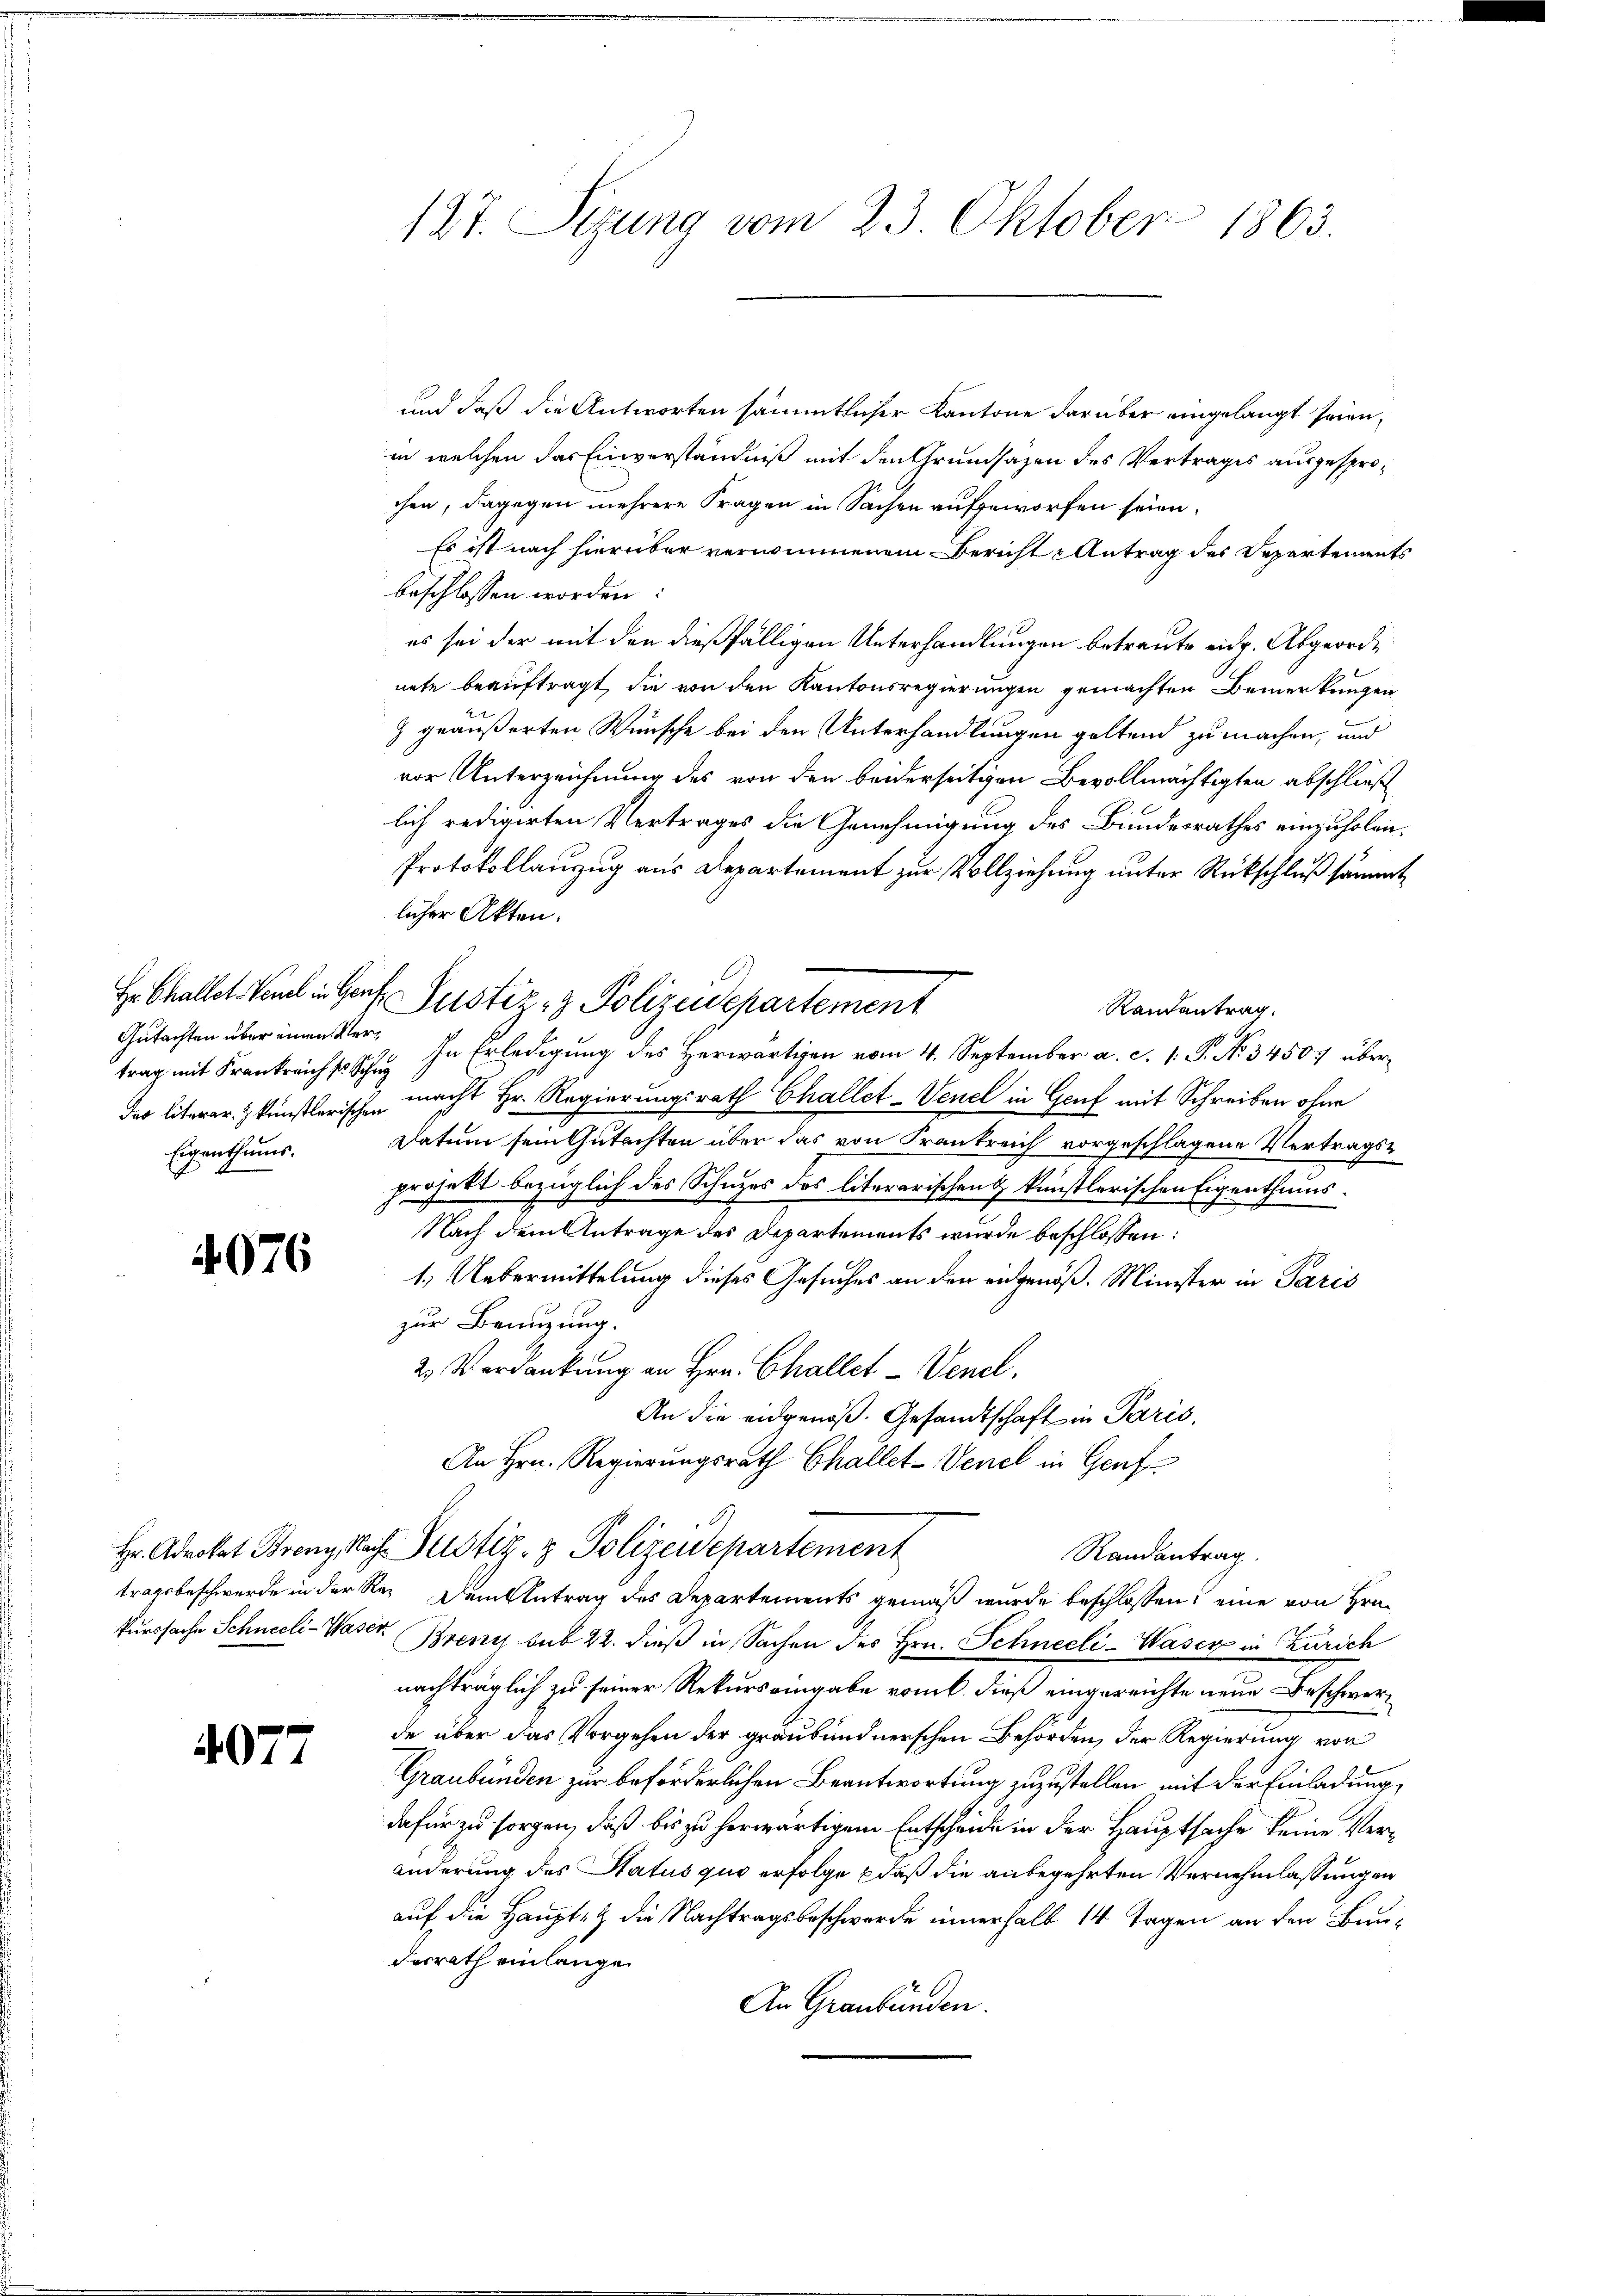
Gutachten über einen Ver¬
Eigenthums.

4076.

4077

127. Sezung vom 23. Oktober 1863.

und daß die Antworten sämmtlicher Kantone darüber eingelangt seien,
in welchen das Einverständniß mit den Grundsazen des Vertrages ausgesprochen, dagegen mehrere Fragen in Sachen aufgeworfen seien.
Es ist nach hierüber vernommenem Bericht Antrag des Departements
beschlossen worden:
es sei der mit den dießfälligen Unterhandlungen betraute eidg. Abgeorde
nete beauftragt, die von den Kantonsregierungen gemachten Bemerkungen
z geäußerten Wünsche bei den Unterhandlungen geltend zu machen, und
vor Unterzeichnung des von den beiderseitigen Bevollmächtigten abschließ
lich redigirten Vertrages die Genehmigung des Bundesrathes einzuholen,
Protokollauszug aus Departement zur Vollziehung unter Rückschluß sämmt
licher Akten.
Randantrag
trag mit Frankreich In Erledigung des herwärtigen vom 4. September a. c. 1. P. No. 34507 über
der literer & künstlerischen macht Hr. Regierungsrath Challet-Venel in Genf mit Schreiben ohne
Datum sein Gutachten über das von Frankreich vorgeschlagene Vertragsprojekt bezüglich des Schuzes des literarischen & künstlerischen Eigenthums¬
Nach dem Antrage des Departements wurde beschlossen:
1. Uebermittelung dieses Gesuches an den eingenöß. Minister in Paris
zur Benutzung.
2. Verdankung an Hrn. Challet - Venel.
An die eidgenoß. Gesandtschaft in Paris,
An Hrn. Regierungsrath Challet-Venel in Genf
Hr. Advokat Brenz Nach Justiz- & Polizeidepartement
Randantrag
tragsbeschwerde in der Re¬ Dem Antrag des Departements gemäß wurde beschlossen: eine von Hrn.
kurssache Schneeli-Waser, Breny sub 22. dieß in Sachen des Hrn. Schneeli-Waser in Zürich
nachträglich zu seiner Rekurs eingabe vom 6. dieß eingereichte neue Beschwerde über das Vorgehen der graubündnerschen Behörden, der Regierung von
Graubünden zur beförderlichen Beantwortung zuzustellen mit der Einladung,
dafür zu sorgen, daß bis zu herwärtigem Entscheide in der Hauptsache keine Veränderung des Status quo erfolge daß die anbegehrten Vernehmlassungen
auf die Hauptet die Nachtragsbeschwerde innerhalb 14 Tagen an den Bunderrath einlangen
An Graubünden.

Hr Challet, Val in Genf Justiz- & Polizeidepartement